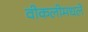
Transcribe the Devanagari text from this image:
वीकलीमधले